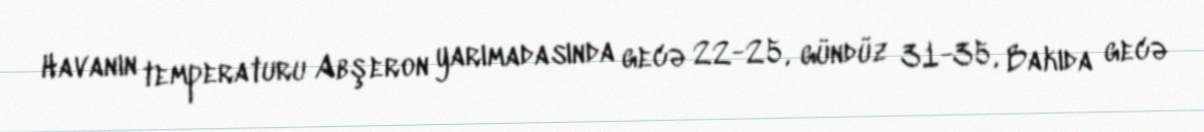
Havanın temperaturu Abşeron yarımadasında gecə 22-25, gündüz 31-35, Bakıda gecə